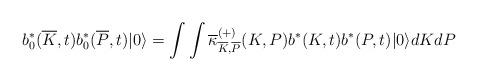
LaTeX: \begin{align*}b_{0}^{\ast }(\overline{K},t)b_{0}^{\ast }(\overline{P},t)|0\rangle =\int\int \overline{\kappa }_{\overline{K},\overline{P}}^{(+)}(K,P)b^{\ast}(K,t)b^{\ast }(P,t)|0\rangle dKdP \end{align*}